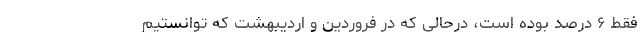
فقط ۶ درصد بوده است، درحالی که در فروردین و اردیبهشت که توانستیم